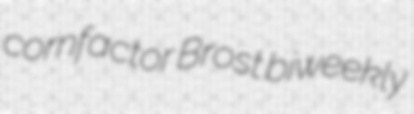
cornfactor Brost biweekly